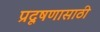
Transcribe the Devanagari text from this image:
प्रदूषणासाठी